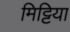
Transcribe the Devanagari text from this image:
मिट्टिया